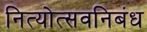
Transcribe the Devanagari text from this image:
नित्योत्सवनिबंध